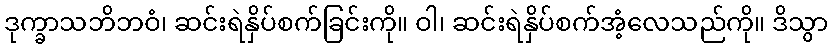
ဒုက္ခာသဘိဘဝံ၊ ဆင်းရဲနှိပ်စက်ခြင်းကို။ ဝါ၊ ဆင်းရဲနှိပ်စက်အံ့လေသည်ကို။ ဒိသွာ